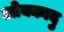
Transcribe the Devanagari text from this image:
ओक्कादु